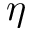
\eta